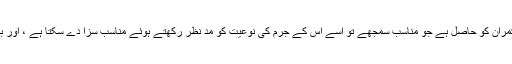
اگر اس نے ”جاسوسی“ کی تو اس کے خلاف اقدام کا حق حکمران کو حاصل ہے جو مناسب سمجھے تو اسے اس کے جرم کی نوعیت کو مد نظر رکھتے ہوئے مناسب سزا دے سکتا ہے ، اور بعض سنگین صورتوں میں یہ سزائے موت بھی ہوسکتی ہے۔